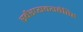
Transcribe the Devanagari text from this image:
स्वैरप्यवयवैरिह